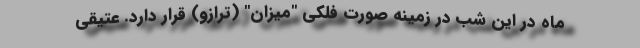
ماه در این شب در زمینه صورت فلکی "میزان" (ترازو) قرار دارد. عتیقی